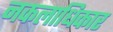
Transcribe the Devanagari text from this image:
नकलाधिकार